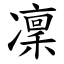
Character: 凜